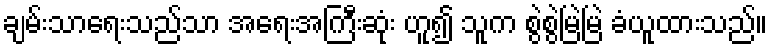
ချမ်းသာရေးသည်သာ အရေးအကြီးဆုံး ဟူ၍ သူက စွဲစွဲမြဲမြဲ ခံယူထားသည်။